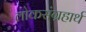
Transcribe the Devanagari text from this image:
लोकसंग्रहार्थ